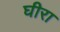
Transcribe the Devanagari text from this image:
घीरा